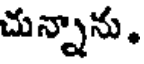
చున్నాను,